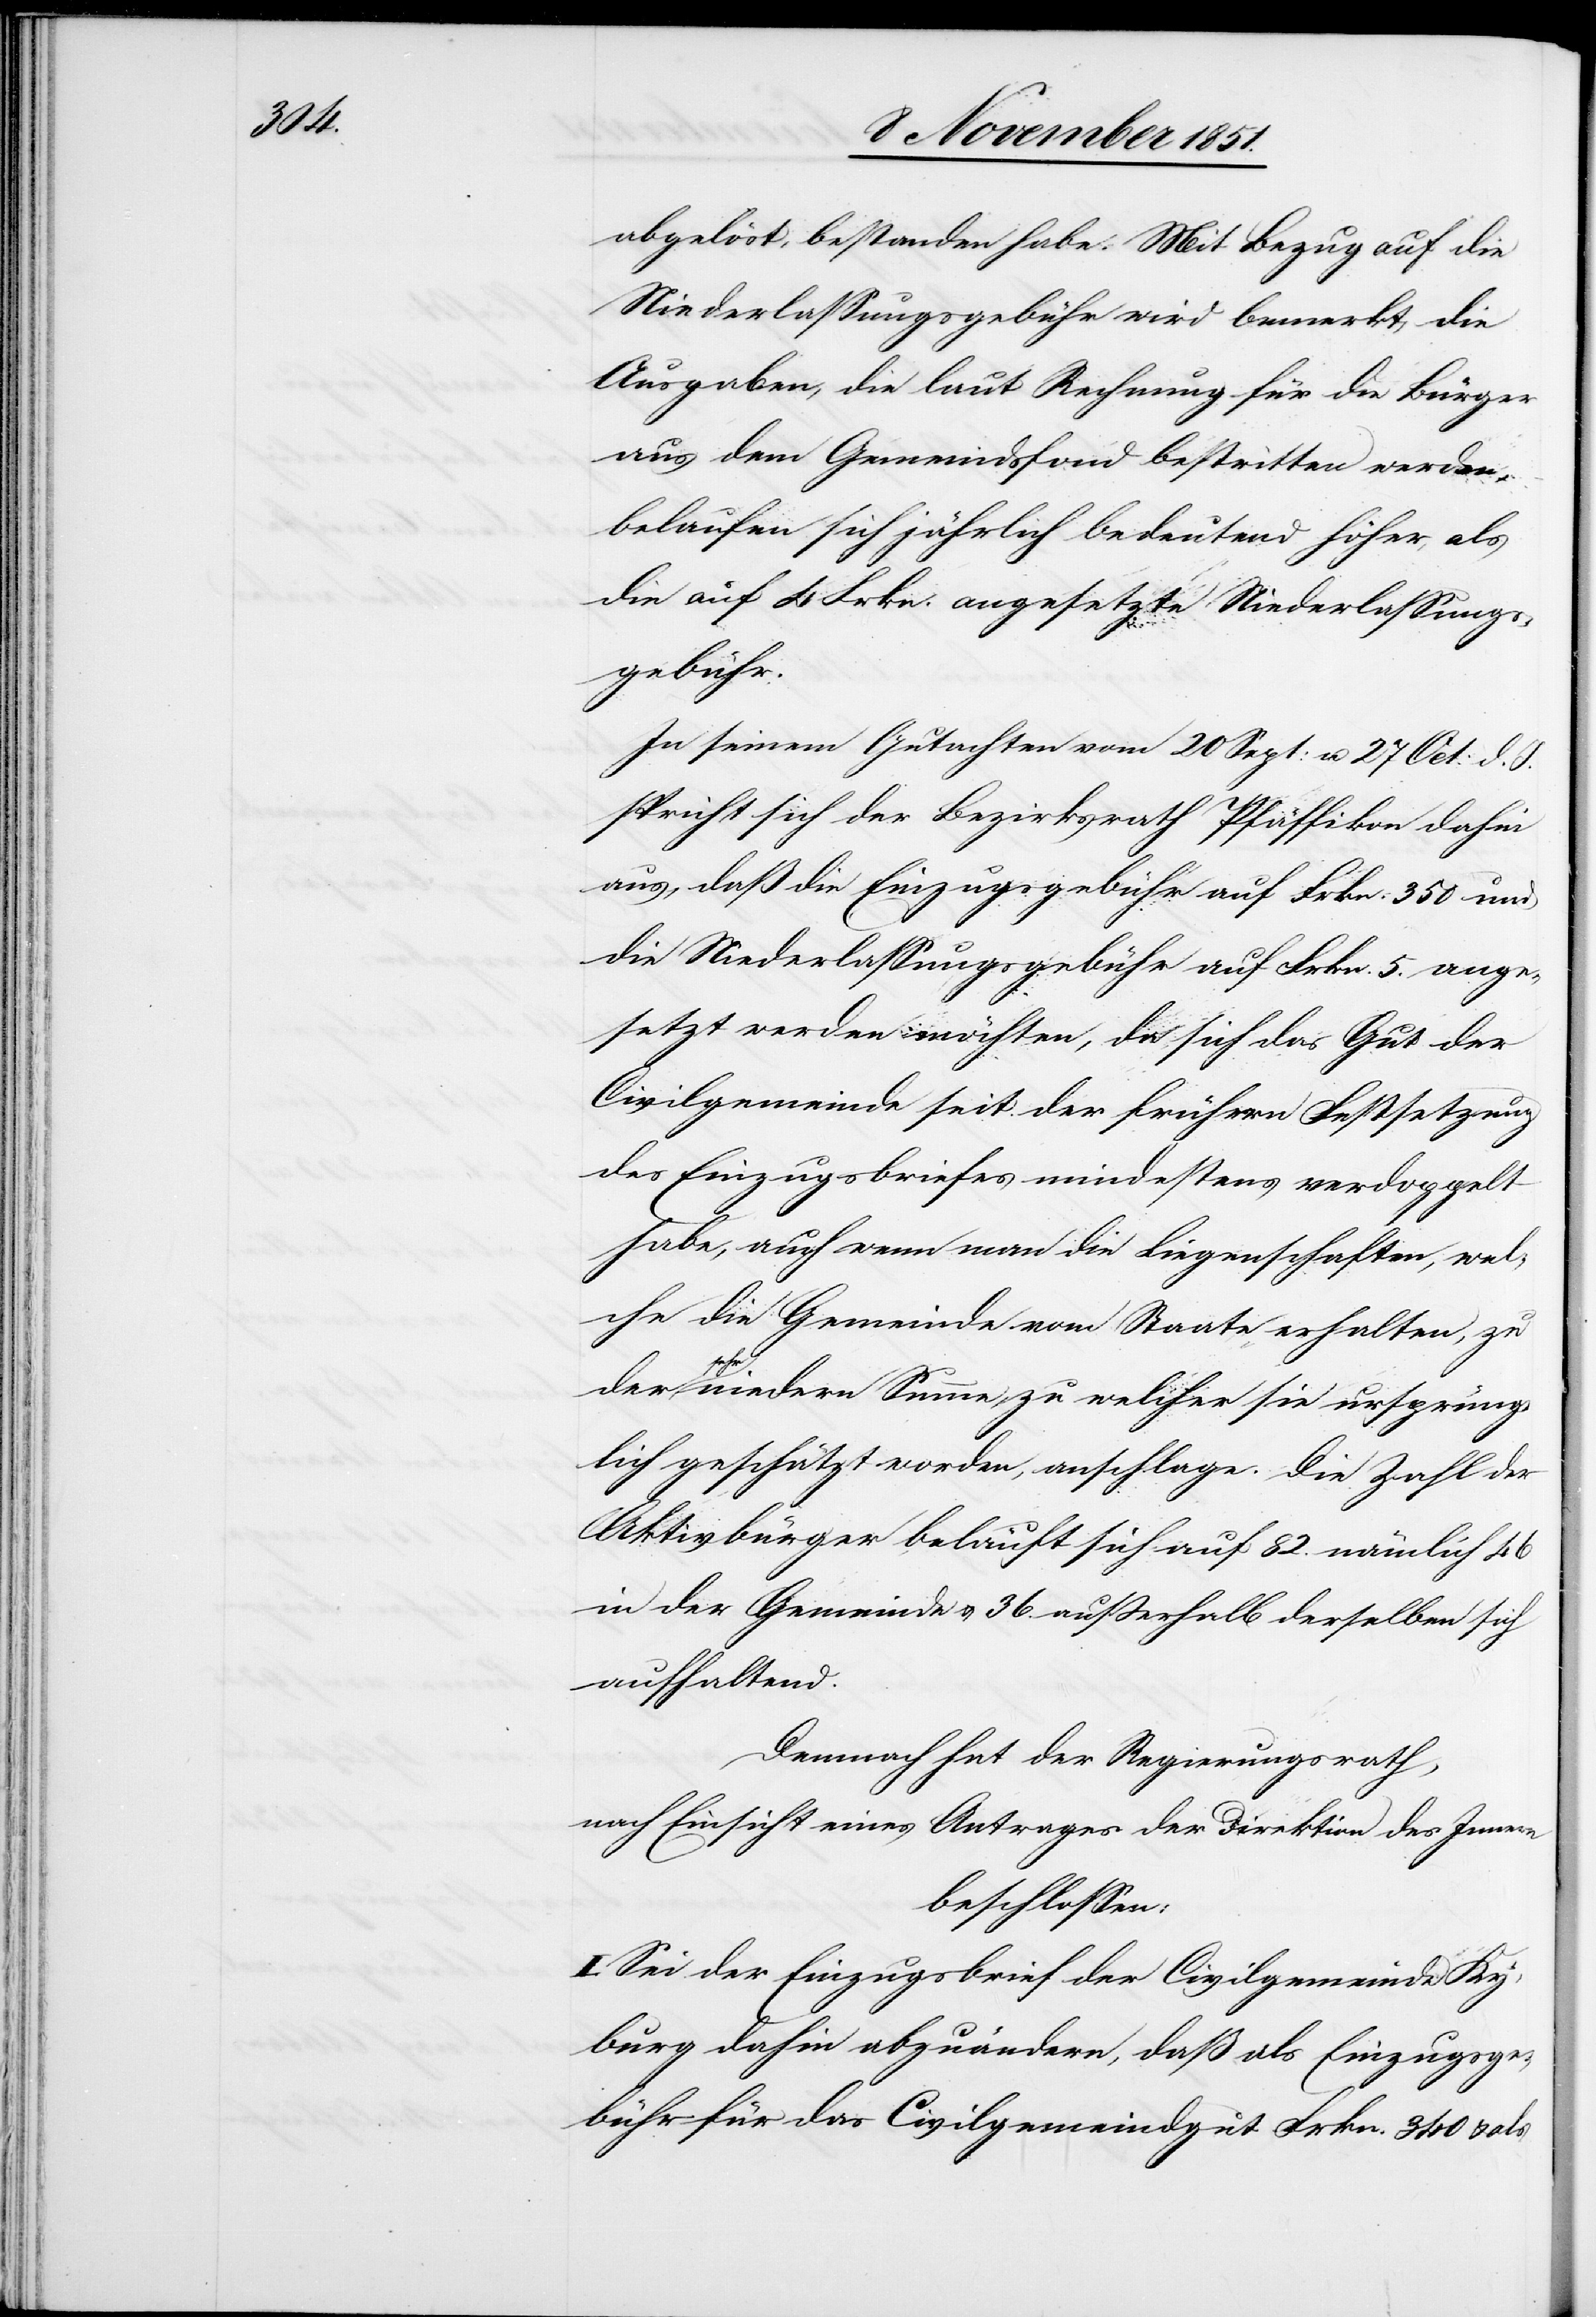
abgelöst, bestanden habe. Mit Bezug auf die
Niederlassungsgebühr wird bemerkt, die
Ausgaben, die laut Rechnung für die Bürger
aus dem Gemeindsfond bestritten werden,
belaufen sich jährlich bedeutend höher, als
die auf 4 Frkn. angesetzte Niederlassungs¬
gebühr.
In seinem Gutachten vom 20 Sept: u. 27 Oct: d.
spricht sich der Bezirksrath Pfäffikon dahin
aus, daß die Einzugsgebühr auf Frkn. 350 und
die Niederlassungsgebühr auf Frkn. 5. ange¬
setzt werden möchten, da sich das Gut der
Civilgemeinde seit der frühern Festsetzung
des Einzugsbriefes mindestens verdoppelt
habe, auch wenn man die Liegenschaften, wel¬
che die Gemeinde vom Staate erhalten, zu
sehr niedern Summe, zu welcher sie ursprüng¬
lich geschätzt worden, anschlage. Die Zahl der
Aktivbürger beläuft sich auf 82. nämlich 46
in der Gemeinde & 36 außerhalb derselben sich
aufhaltend.
Demnach hat der Regierungsrath,
nach Einsicht eines Antrages der Direktion des Innern
beschlossen:
I. Sei der Einzugsbrief der Civilgemeinde Ky¬
burg dahin abzuändern, daß als Einzugsge¬
bühr für das Civilgemeindgut Frkn. 340 & als